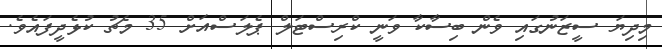
މިދިޔަ ސީޒަނުގައި ވެން ބިސާކާ ވަނީ ކްރިސްޓަލް ޕެލަސްއަށް 35 މެޗު ކުޅެދީފައެވެ.